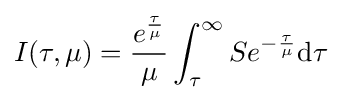
I(\tau ,\mu )={\frac {e^{\frac {\tau }{\mu }}}{\mu }}\int _{\tau }^{\infty }Se^{-{\frac {\tau }{\mu }}}\mathrm {d} \tau